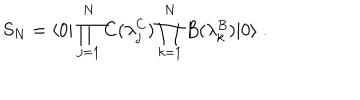
LaTeX: { S } _ { N } = { \langle 0 | \prod _ { j = 1 } ^ { N } C ( \lambda _ { j } ^ { C } ) \prod _ { k = 1 } ^ { N } B ( \lambda _ { k } ^ { B } ) | 0 \rangle } \ .